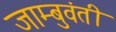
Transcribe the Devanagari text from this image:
जाम्बुवंती